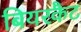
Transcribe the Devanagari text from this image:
बियरकैट